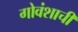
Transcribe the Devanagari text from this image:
गोवंशाची